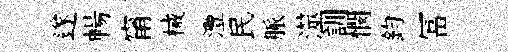
遂暢甯械灃民脈澨訓憫鈞冨